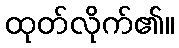
ထုတ်လိုက်၏။